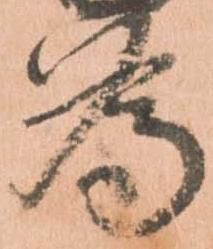
為